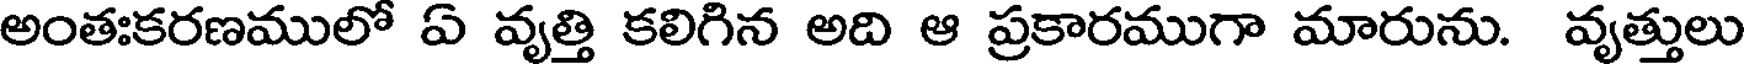
అంతఃకరణములో ఏ వృత్తి కలిగిన అది ఆ ప్రకారముగా మారును. వృత్తులు